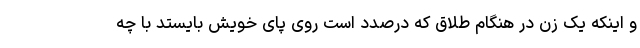
و اینکه یک زن در هنگام طلاق که درصدد است روی پای خویش بایستد با چه